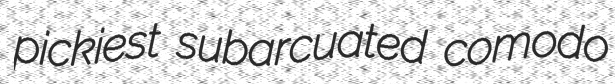
pickiest subarcuated comodo